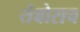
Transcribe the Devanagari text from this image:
तंबोराच